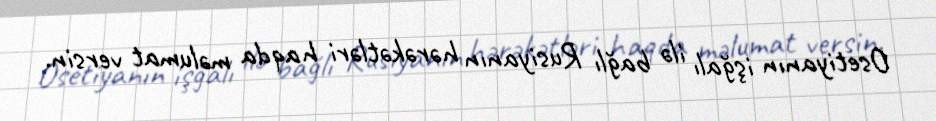
Osetiyanın işğalı ilə bağlı Rusiyanın hərəkətləri haqda məlumat versin.